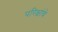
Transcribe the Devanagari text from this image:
परिक्षांचे